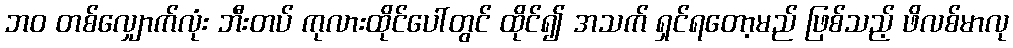
ဘဝ တစ်လျှောက်လုံး ဘီးတပ် ကုလားထိုင်ပေါ်တွင် ထိုင်၍ အသက် ရှင်ရတော့မည် ဖြစ်သည့် ဖိလစ်မာလု